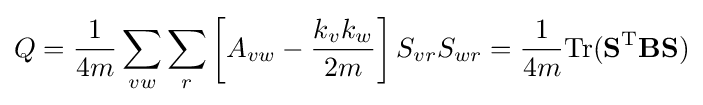
Q={\frac {1}{4m}}\sum _{vw}\sum _{r}\left[A_{vw}-{\frac {k_{v}k_{w}}{2m}}\right]S_{vr}S_{wr}={\frac {1}{4m}}\mathrm {Tr} (\mathbf {S} ^{\mathrm {T} }\mathbf {BS} )